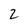
Character: 2